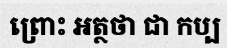
ព្រោះ អត្ថថា ជា កប្ប